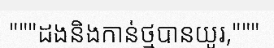
"""ដងនិងកាន់ថ្មបានយូរ,"""